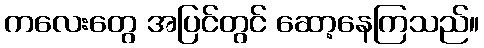
ကလေးတွေ အပြင်တွင် ဆော့နေကြသည်။